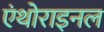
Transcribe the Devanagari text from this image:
एंथोराइनल